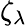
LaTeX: \zeta_{\lambda}